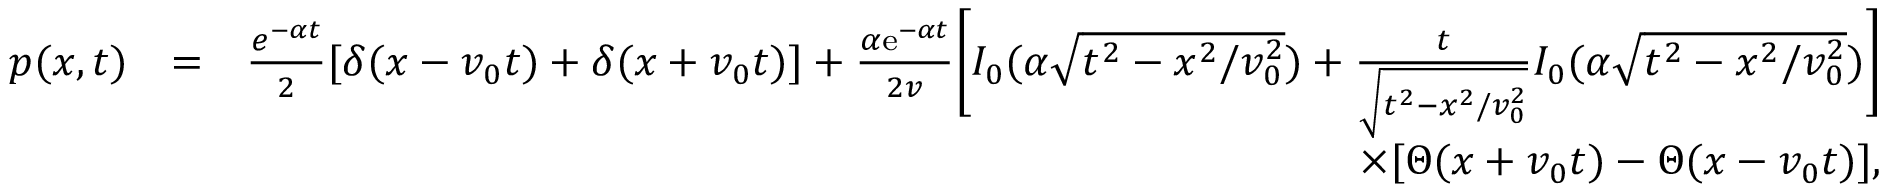
\begin{array} { r l r } { p ( x , t ) } & { = } & { \frac { e ^ { - \alpha t } } { 2 } [ \delta ( x - v _ { 0 } t ) + \delta ( x + v _ { 0 } t ) ] + \frac { \alpha { \mathrm e } ^ { - \alpha t } } { 2 v } \bigg [ I _ { 0 } ( \alpha \sqrt { t ^ { 2 } - x ^ { 2 } / v _ { 0 } ^ { 2 } } ) + \frac { t } { \sqrt { t ^ { 2 } - x ^ { 2 } / v _ { 0 } ^ { 2 } } } I _ { 0 } ( \alpha \sqrt { t ^ { 2 } - x ^ { 2 } / v _ { 0 } ^ { 2 } } ) \bigg ] } \\ & { } & { \times [ \Theta ( x + v _ { 0 } t ) - \Theta ( x - v _ { 0 } t ) ] , } \end{array}